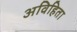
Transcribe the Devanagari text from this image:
अविहिता